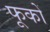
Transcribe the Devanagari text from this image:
फूकों